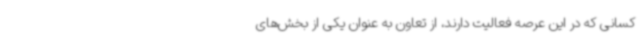
کسانی که در این عرصه فعالیت دارند، از تعاون به عنوان یکی از بخش‌های